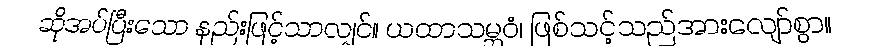
ဆိုအပ်ပြီးသော နည်းဖြင့်သာလျှင်။ ယထာသမ္ဘဝံ၊ ဖြစ်သင့်သည်အားလျော်စွာ။